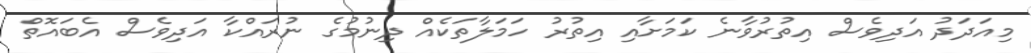
މިއަދަދު އަދިވެސް އިތުރުވާނެ ކަމަށާއި އިތުރު ހަމަލާތަކެއް ދިނުމުގެ ނުރައްކާ އަދިވެސް އެބައޮތް